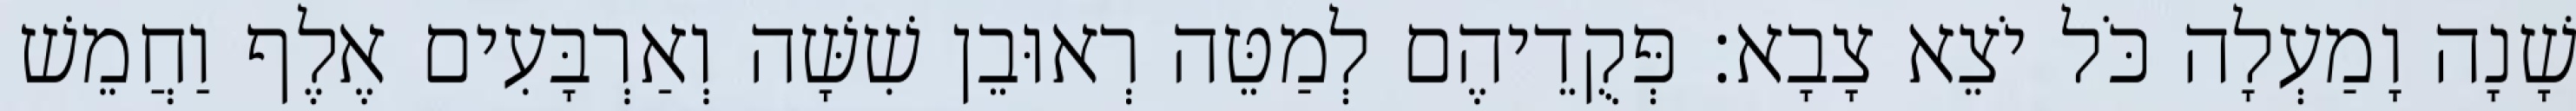
שָׁנָה וָמַעְלָה כֹּל יֹצֵא צָבָא׃ פְּקֻדֵיהֶם לְמַטֵּה רְאוּבֵן שִׁשָּׁה וְאַרְבָּעִים אֶלֶף וַחֲמֵשׁ